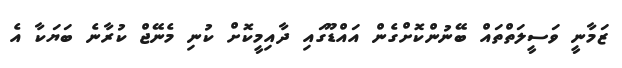
ޒަމާނީ ވަަސީލަތްތައް ބޭނުންކޮށްގެން އައްޑޫގައި ދާއިމީކޮށް ކުނި މެނޭޖް ކުރާނެ ބަޔަކާ އެ